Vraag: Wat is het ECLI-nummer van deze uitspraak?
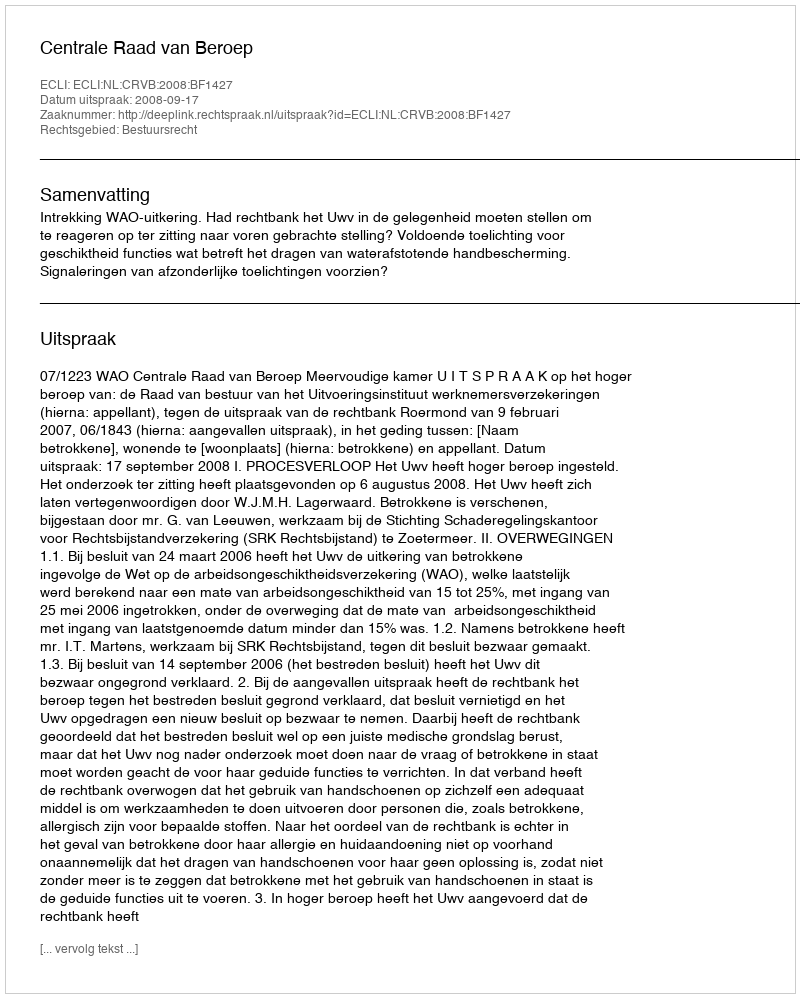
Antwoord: ECLI:NL:CRVB:2008:BF1427